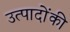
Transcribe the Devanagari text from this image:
उत्पादोंकी